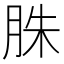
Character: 䏭